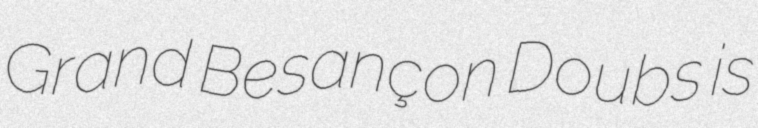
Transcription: Grand Besançon Doubs is